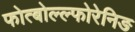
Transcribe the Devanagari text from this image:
फोत्बोल्ल्फोरेनिङ